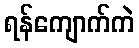
ရန်ကျောက်ကဲ